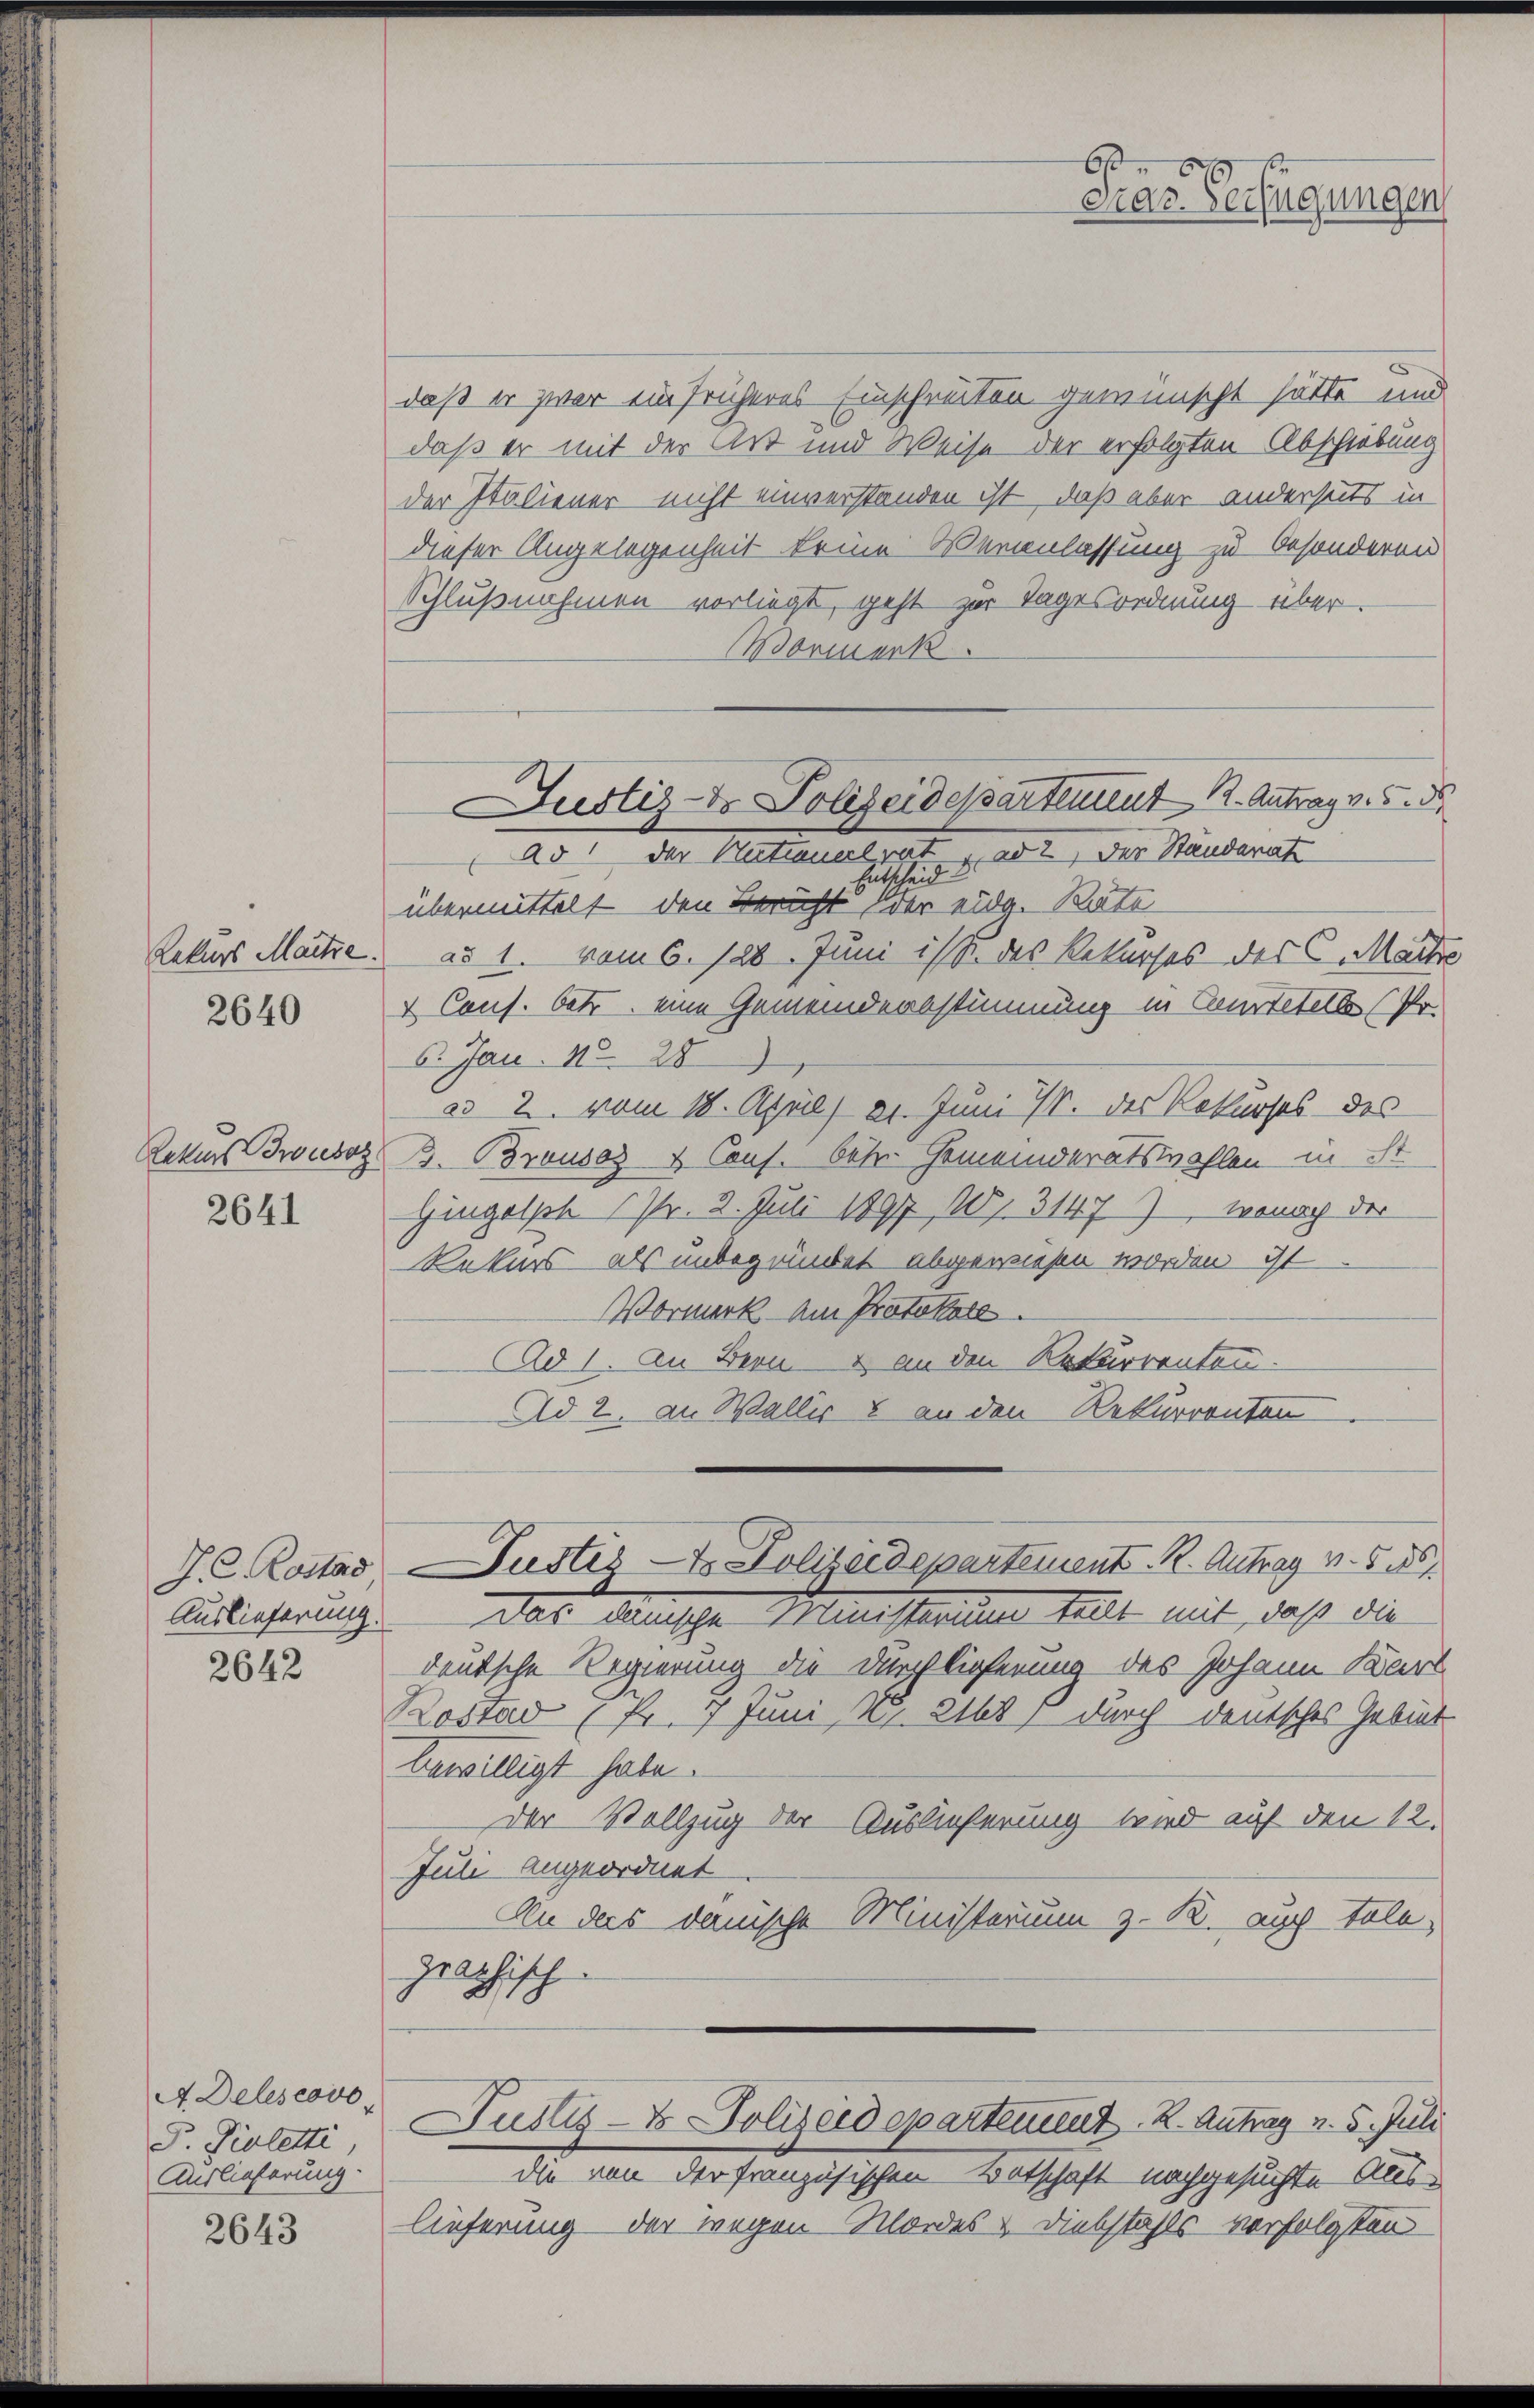
Rekurs Martie.
2640

Rekurs Zusag
2641

Auslieferung
2642

A Delscovo
P. Vieletti
Auslieferung.

2643

daß er zwar ein früheres Einschreiten gewünscht hätte und
daß er mit der Art und Weise der erfolgten Abschiebung
der Italiener nicht einverstanden ist, daß aber anderseits in
dieser Angelegenheit keine Veranlassung zu besonderen
Schlußnahmen vorliegt, geht zur Tagesordnung über.
Mormerk
 der Nationalrat u. ad 2, der Ständerate
übermittelt den Bericht einer eine er eidg. Rate
ad 1. vom 6. 128. Juni ist das Rekurses des C. Marte
& Cons. betr. eine Gemeinderbstimmung in Cautetelle (Pr.
6. Jan. 15. 28
ad 2. vom 18. April) 21. Juni 7. des Rekurses des
B. Brousaz & Conf. betr. Gemeinderatswahlen in ist
Gingolph (Pr. 2. Juli 1897, 101. 31477, wonach der
Rekurs als unbegründet abgewiesen worden ist
Vormerk am Protokoll.
Ad 1. An Bern & an den Rekurrenten.
Ad 2. an Wallis & an den Rekurrenten

Das Minische Ministerinn tellt mit, daß die
deutsche Regierung die Durchlieferung des Johann Kart
Rostad (Pr. 7 Juni 21. 2168 f durch deutsches Gebiet
bewilligt habe.
der Vollzug der Auslieferung wird auf den 12.
Juli angeordnet
An das danische Ministerium z. R. auch tole,
zelphisch
6
Justiz- & Polizeidepartement. 2. Antrag v. 5. Juli
die von der französischen Botschaft nachgesuchte Auslieferung der wegen Mordes - Diebstahls verfolgten

e
Diar. Verfügungen,

Justiz-Dr. Polizeidepartement 12. Antrag v. 5. d

J. Rostad Justiz- & Polizeidepartement R. Antrag v. 5. 6